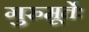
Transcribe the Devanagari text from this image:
गुरुमूर्तेः